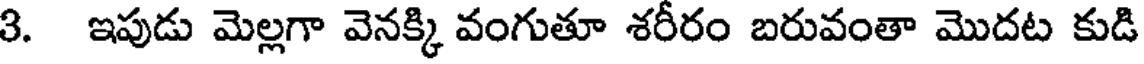
3. ఇపుడు మెల్లగా వెనక్కి వంగుతూ శరీరం బరువంతా మొదట కుడి